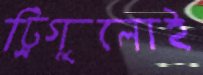
ট্রিগুলোই